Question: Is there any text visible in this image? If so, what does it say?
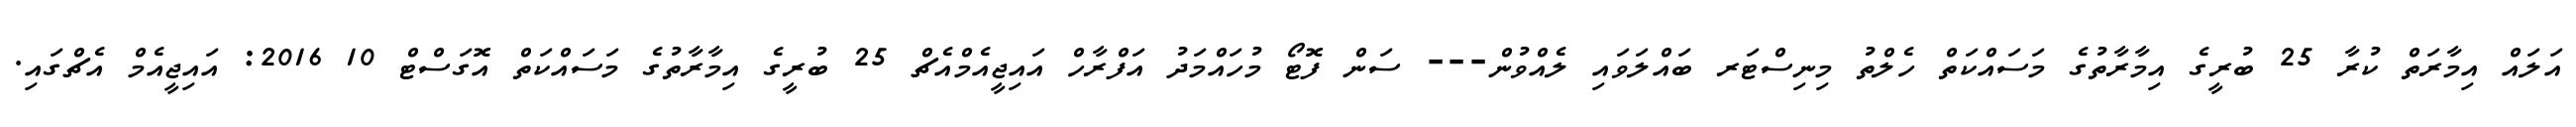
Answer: އަލައް އިމާރަތް ކުރާ 25 ބުރީގެ އިމާރާތުގެ މަސައްކަތް ހެލްތު މިނިސްޓަރ ބައްލަވައި ލެއްވުން--- ސަން ފޮޓޯ މުހައްމަދު އަފްރާހް އައިޖީއެމްއެޗް 25 ބުރީގެ އިމާރާތުގެ މަސައްކަތް އޮގަސްޓް 10 2016: އައިޖީއެމް އެޗްގައި.